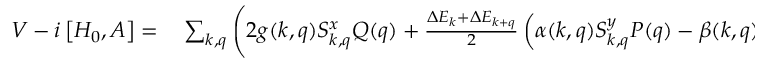
\begin{array} { r l } { V - i \left[ H _ { 0 } , A \right] = } & { { } \sum _ { k , q } \Bigg ( 2 g ( k , q ) S _ { k , q } ^ { x } Q ( q ) + \frac { \Delta E _ { k } + \Delta E _ { k + q } } { 2 } \left( \alpha ( k , q ) S _ { k , q } ^ { y } P ( q ) - \beta ( k , q ) S _ { k , q } ^ { x } Q ( q ) \right) } \end{array}